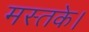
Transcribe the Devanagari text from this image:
मस्तके।